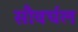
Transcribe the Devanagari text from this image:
सौवर्चल